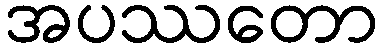
အပဿတော